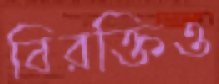
বিরক্তিও